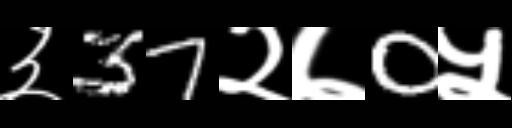
Text: ३37२७0५